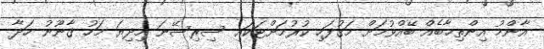
އާންމު އިންތިޚާބެއް ބޭއްވުމަށް މަގުފަހި ކުރުމަށްޓަކައި ސިރިސޭނަ މިދިޔަ މަހު ޤާނޫނު ހަދާ